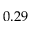
0 . 2 9